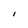
Character: I